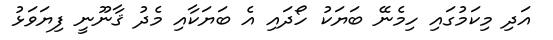
އަދި މިކަމުގައި ހިމެނޭ ބަޔަކު ހޯދައި އެ ބަޔަކާއި މެދު ޤާނޫނީ ފިޔަވަޅު